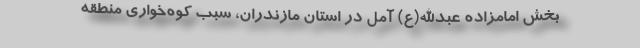
بخش امامزاده عبدالله(ع) آمل در استان مازندران، سبب کوه‌خواری منطقه